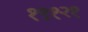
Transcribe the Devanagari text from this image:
१९१२१